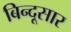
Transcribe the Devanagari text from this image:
बिन्दूसार